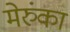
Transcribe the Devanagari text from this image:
मेरुंका